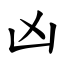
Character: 凶